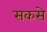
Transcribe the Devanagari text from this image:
सकसे